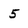
Character: 5